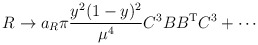
\begin{align*}R \to a_R \pi \frac{y^2 (1-y)^2}{\mu^4} {C^3}B B^{\rm T} {C^3} + \cdots\end{align*}